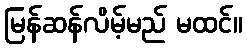
မြန်ဆန်လိမ့်မည် မထင်။